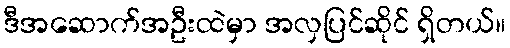
ဒီအဆောက်အဦးထဲမှာ အလှပြင်ဆိုင် ရှိတယ်။